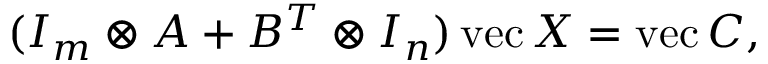
( I _ { m } \otimes A + B ^ { T } \otimes I _ { n } ) \operatorname { v e c } X = \operatorname { v e c } C ,